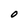
Character: O